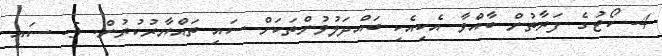
4- ކޯޓުގެ ފަރާތުން ބާއްވާ އެކިއެކި ބައްދަލުވުންތަކަށް ސައި ތައްޔާރުކުރުން. 5- ސައި